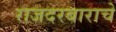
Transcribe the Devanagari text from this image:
राजदरबाराचे